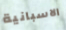
الاسبانية